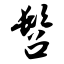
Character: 髫